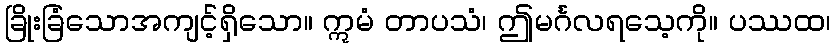
ခြိုးခြံသောအကျင့်ရှိသော။ ဣမံ တာပသံ၊ ဤမင်္ဂလရသေ့ကို။ ပဿထ၊